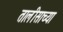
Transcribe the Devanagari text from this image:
तालीसाच्या